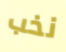
نخب